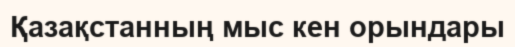
Қазақстанның мыс кен орындары